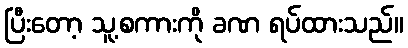
ပြီးတော့ သူ့စကားကို ခဏ ရပ်ထားသည်။